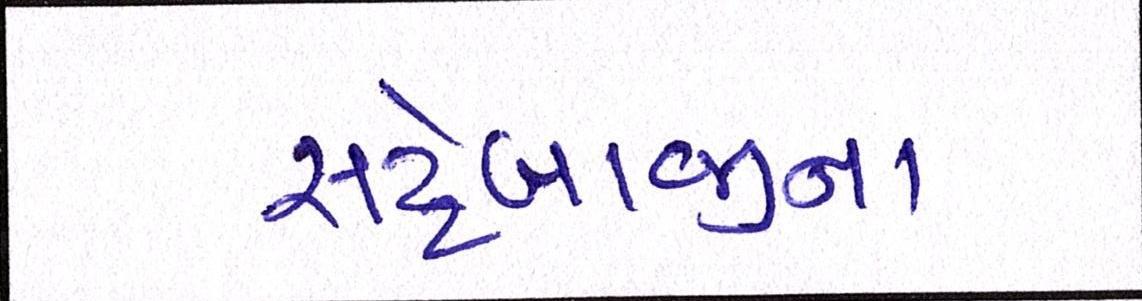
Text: સટ્ટેબાજીના